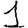
Digit: 1